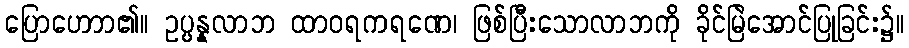
ပြောဟောာ၏။ ဥပ္ပန္နလာဘ ထာဝရကရဏေ၊ ဖြစ်ပြီးသောလာဘကို ခိုင်မြဲအောင်ပြုခြင်း၌။